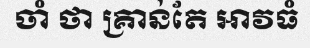
ចាំ ថា គ្រាន់តែ អាវធំ